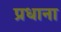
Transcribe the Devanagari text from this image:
प्रधाना